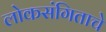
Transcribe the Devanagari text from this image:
लोकसंगिताचे